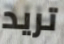
تريد